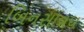
બિનસાવધ